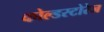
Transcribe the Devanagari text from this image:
कोल्डस्टोरेज